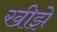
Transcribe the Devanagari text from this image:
खीझे